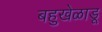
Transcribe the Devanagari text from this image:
बहुखेळाडू